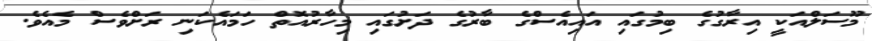
މޫސަލްއަކީ އިރާގުގެ ބިމުގައި އައިއެސްގެ ބާރުގެ ދަށުގައި މިހާރުއޮތް ހަމައެކަނި ރަށްވެސް މެއެވެ.